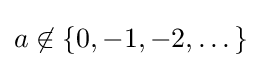
a\not \in \{0,-1,-2,\dots \}